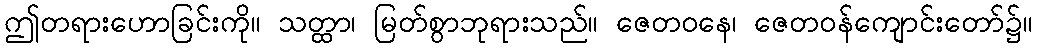
ဤတရားဟောခြင်းကို။ သတ္ထာ၊ မြတ်စွာဘုရားသည်။ ဇေတဝနေ၊ ဇေတဝန်ကျောင်းတော်၌။